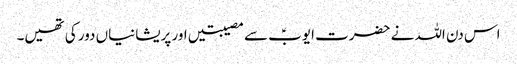
اس دن اللہ نے حضرت ایوبؑ سے مصیبتیں اور پریشانیاں دور کی تھیں۔